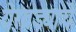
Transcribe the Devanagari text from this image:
येरवड्याचे